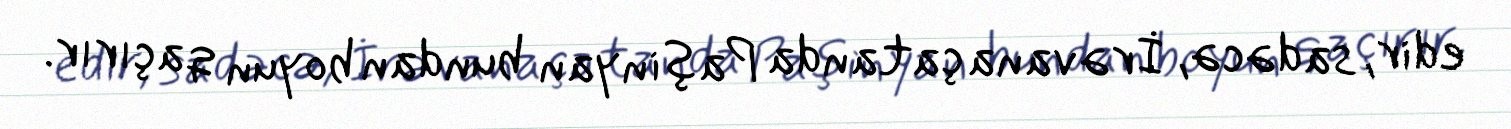
edir, sadəcə, İrəvana çatanda Paşinyan bundan boyun qaçırır.